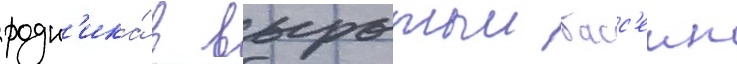
родн'ика́ в вырытыи басс'еин